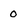
Character: 0